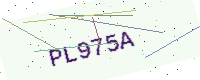
Text: PL975A